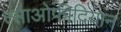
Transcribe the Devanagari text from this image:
त्साओफीदियान